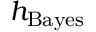
h _ { \mathrm { B a y e s } }